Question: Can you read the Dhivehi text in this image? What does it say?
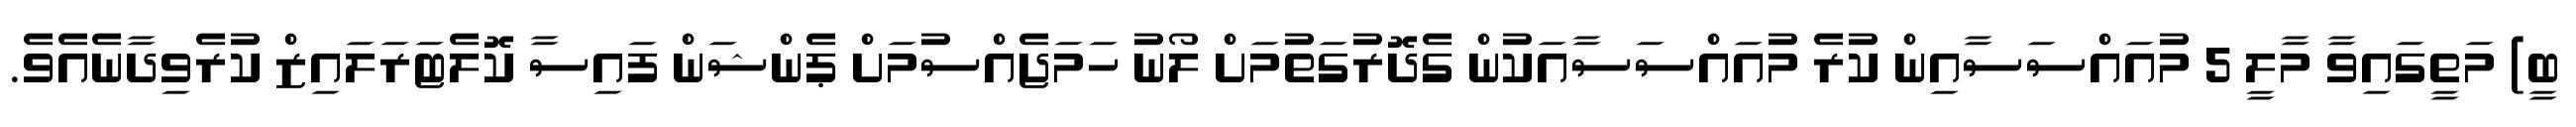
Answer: ބީ) މަތީގައިވާ މާލީ 5 މުއައްސަސާއިން ކުރެ މުއައްސަސާއަކުން ގެދޮރުގަތުމަށް ލޯނު ހަމަޖެއްސުމަށް ޕެންޝަން ފައިސާ ކޮލެޓަރަލައިޒް ކުރެވިދާނެއެވެ.